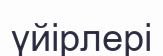
үйірлері